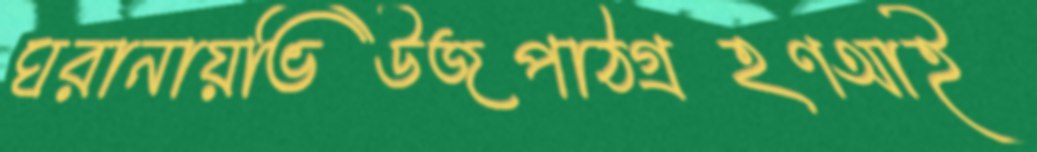
ঘরানায়ভিউজপাঠগ্রহণআই